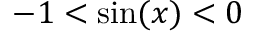
- 1 < \sin ( x ) < 0